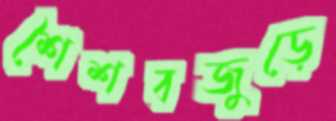
শৈশবজুড়ে